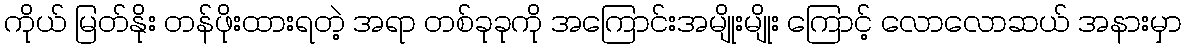
ကိုယ် မြတ်နိုး တန်ဖိုးထားရတဲ့ အရာ တစ်ခုခုကို အကြောင်းအမျိုးမျိုး ကြောင့် လောလောဆယ် အနားမှာ